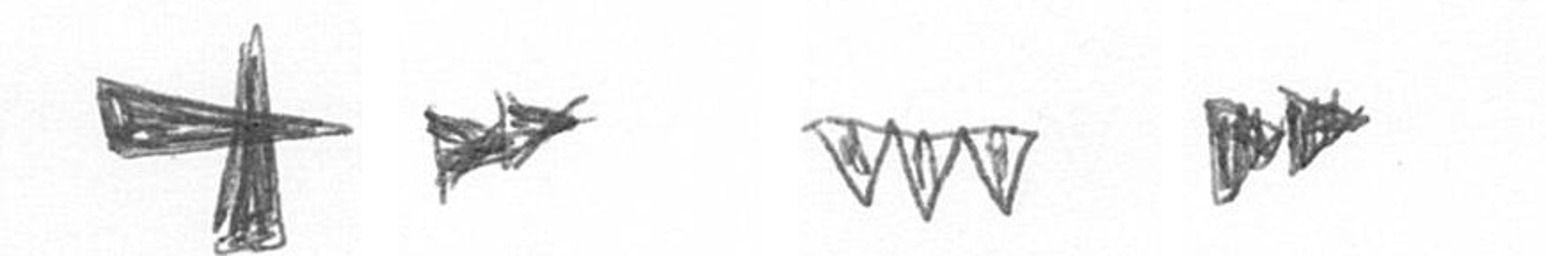
G A L A